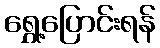
ရွှေ့ပြောင်းရန်